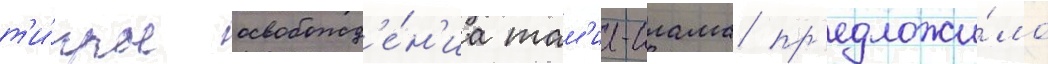
т'и́гры освобожд'е́н'иа там'ил-илама пр'едложи́ло